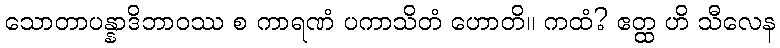
သောတာပန္နာဒိဘာဝဿ စ ကာရဏံ ပကာသိတံ ဟောတိ။ ကထံ? ဧတ္ထ ဟိ သီလေန